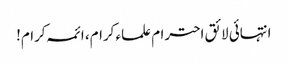
انتہائی لائق احترام علماء کرام، ائمہ کرام!